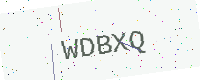
Text: WDBXQ